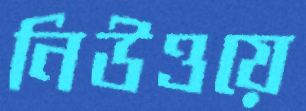
নিউওয়ে